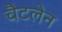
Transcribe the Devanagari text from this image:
चैटलेन